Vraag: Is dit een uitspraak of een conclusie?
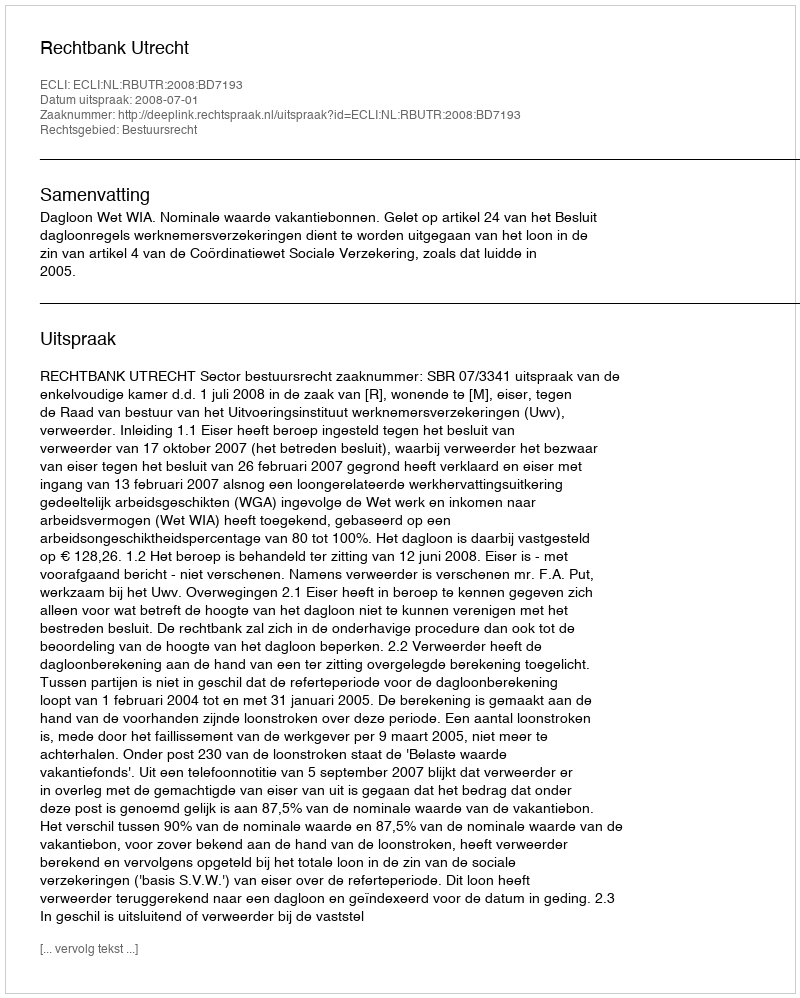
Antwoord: Uitspraak